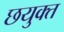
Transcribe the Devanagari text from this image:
छयुक्त